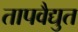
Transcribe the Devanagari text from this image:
तापवैद्युत